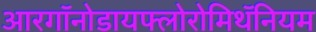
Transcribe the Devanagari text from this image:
आरगॉनोडायफ्लोरोमिथॅनियम